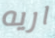
اريه